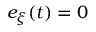
e _ { \xi } ( t ) = 0